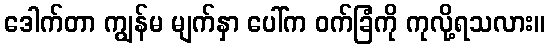
ဒေါက်တာ ကျွန်မ မျက်နှာ ပေါ်က ဝက်ခြံကို ကုလို့ရသလား။